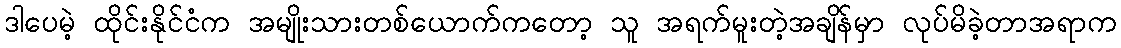
ဒါပေမဲ့ ထိုင်းနိုင်ငံက အမျိုးသားတစ်ယောက်ကတော့ သူ အရက်မူးတဲ့အချိန်မှာ လုပ်မိခဲ့တာအရာက